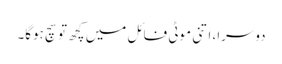
دوسرا، اتنی موٹی فائل میں کچھ تو سچ ہوگا۔